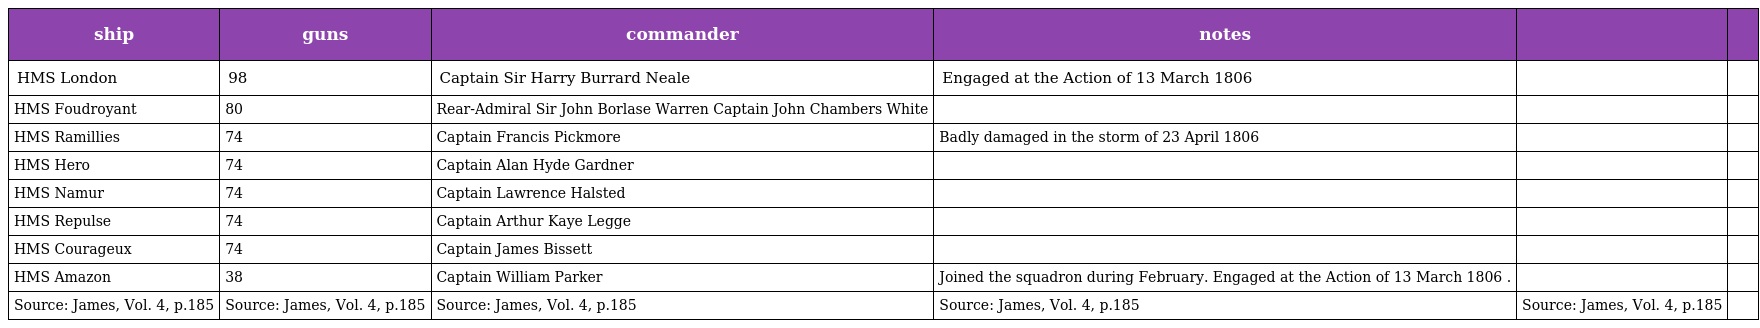
| ship | guns | commander | notes |  |  |
 | --- | --- | --- | --- | --- | --- |
 | HMS London | 98 | Captain Sir Harry Burrard Neale | Engaged at the Action of 13 March 1806 |  |  |
 | HMS Foudroyant | 80 | Rear-Admiral Sir John Borlase Warren Captain John Chambers White |  |  |  |
 | HMS Ramillies | 74 | Captain Francis Pickmore | Badly damaged in the storm of 23 April 1806 |  |  |
 | HMS Hero | 74 | Captain Alan Hyde Gardner |  |  |  |
 | HMS Namur | 74 | Captain Lawrence Halsted |  |  |  |
 | HMS Repulse | 74 | Captain Arthur Kaye Legge |  |  |  |
 | HMS Courageux | 74 | Captain James Bissett |  |  |  |
 | HMS Amazon | 38 | Captain William Parker | Joined the squadron during February. Engaged at the Action of 13 March 1806 . |  |  |
 | Source: James, Vol. 4, p.185 | Source: James, Vol. 4, p.185 | Source: James, Vol. 4, p.185 | Source: James, Vol. 4, p.185 | Source: James, Vol. 4, p.185 |  |